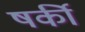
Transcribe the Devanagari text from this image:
षर्की